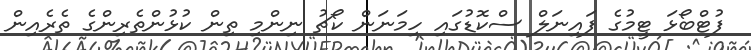
ފުޓްބޯޅަ ޓީމުގެ ފައިނަލް ސްކޮޑުގައި ހިމަނަން ކޯޗު ނިންމި ތިން ކުޅުންތެރިންގެ ތެރެއިން